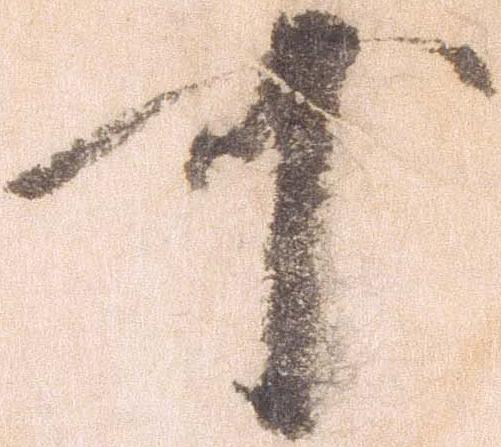
可